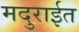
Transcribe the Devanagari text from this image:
मदुराईत